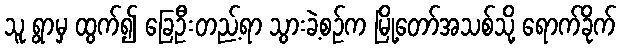
သူ ရွာမှ ထွက်၍ ခြေဦးတည့်ရာ သွားခဲ့စဉ်က မြို့တော်အသစ်သို့ ရောက်ခိုက်